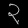
Digit: ၃